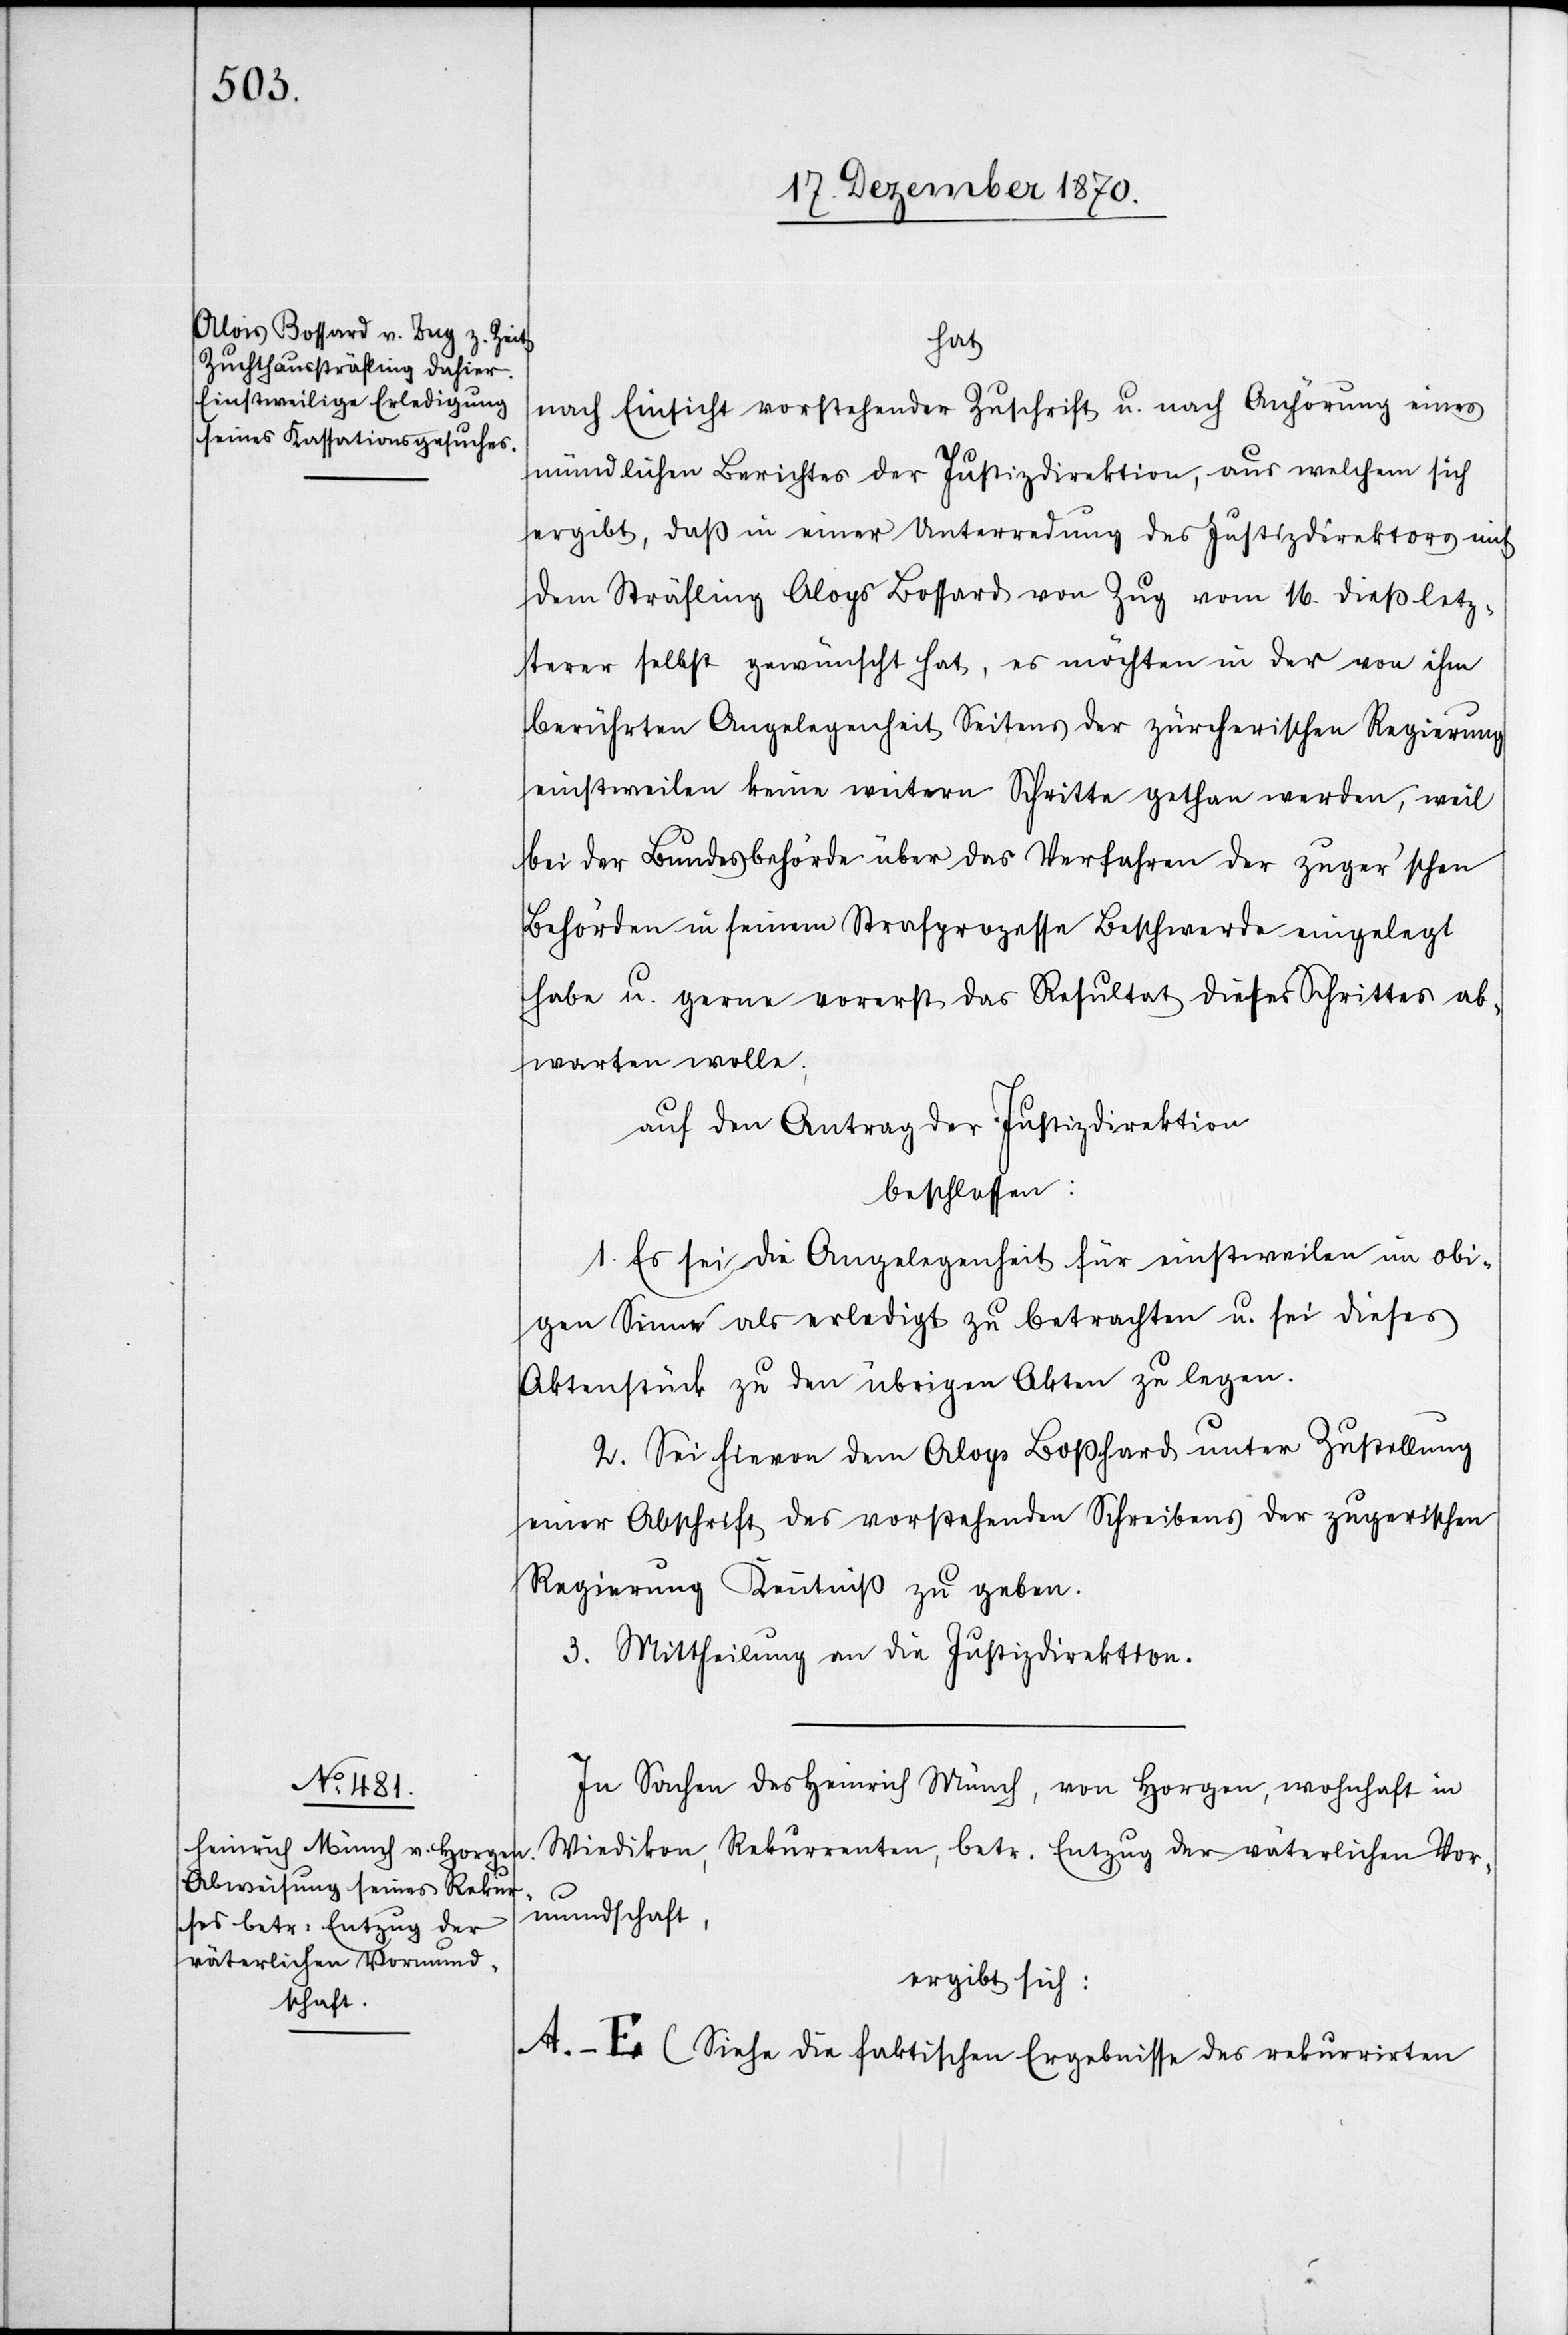
hat
nach Einsicht vorstehender Zuschrift u. nach Anhörung eines
mündlichen Berichtes der Justizdirektion, aus welchem sich
ergibt, daß in einer Unterredung des Justizdirektors mit
dem Sträfling Aloys [sic!] Bossard von Zug vom 16. dieß letz¬
terer selbst gewünscht hat, es möchten in der von ihm
berührten Angelegenheit Seitens der zürcherischen Regierung
einstweilen keine weitern Schritte gethan werden, weil
bei der Bundesbehörde über das Verfahren der zuger’schen
Behörden in seinem Strafprozesse Beschwerde eingelegt
habe u. gerne vorerst das Resultat dieses Schrittes ab¬
warten wolle;
auf den Antrag der Justizdirektion
beschlossen:
1. Es sei die Angelegenheit für einstweilen im obi¬
gen Sinne als erledigt zu betrachten u. sei dieses
Aktenstück zu den übrigen Akten zu legen.
2. Sei hievon dem Aloys Boßhard [sic!] unter Zustellung
einer Abschrift des vorstehenden Schreibens der zugerischen
Regierung Kenntniß zu geben.
3. Mittheilung an die Justizdirektion.
In Sachen des Heinrich Münch, von Horgen, wohnhaft in
Wiedikon, Rekurrenten, betr. Entzug der väterlichen Vor¬
mundschaft,
ergibt sich:
A.–E (Siehe die faktischen Ergebnisse des rekurrirten